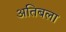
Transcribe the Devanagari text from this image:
अतिबला